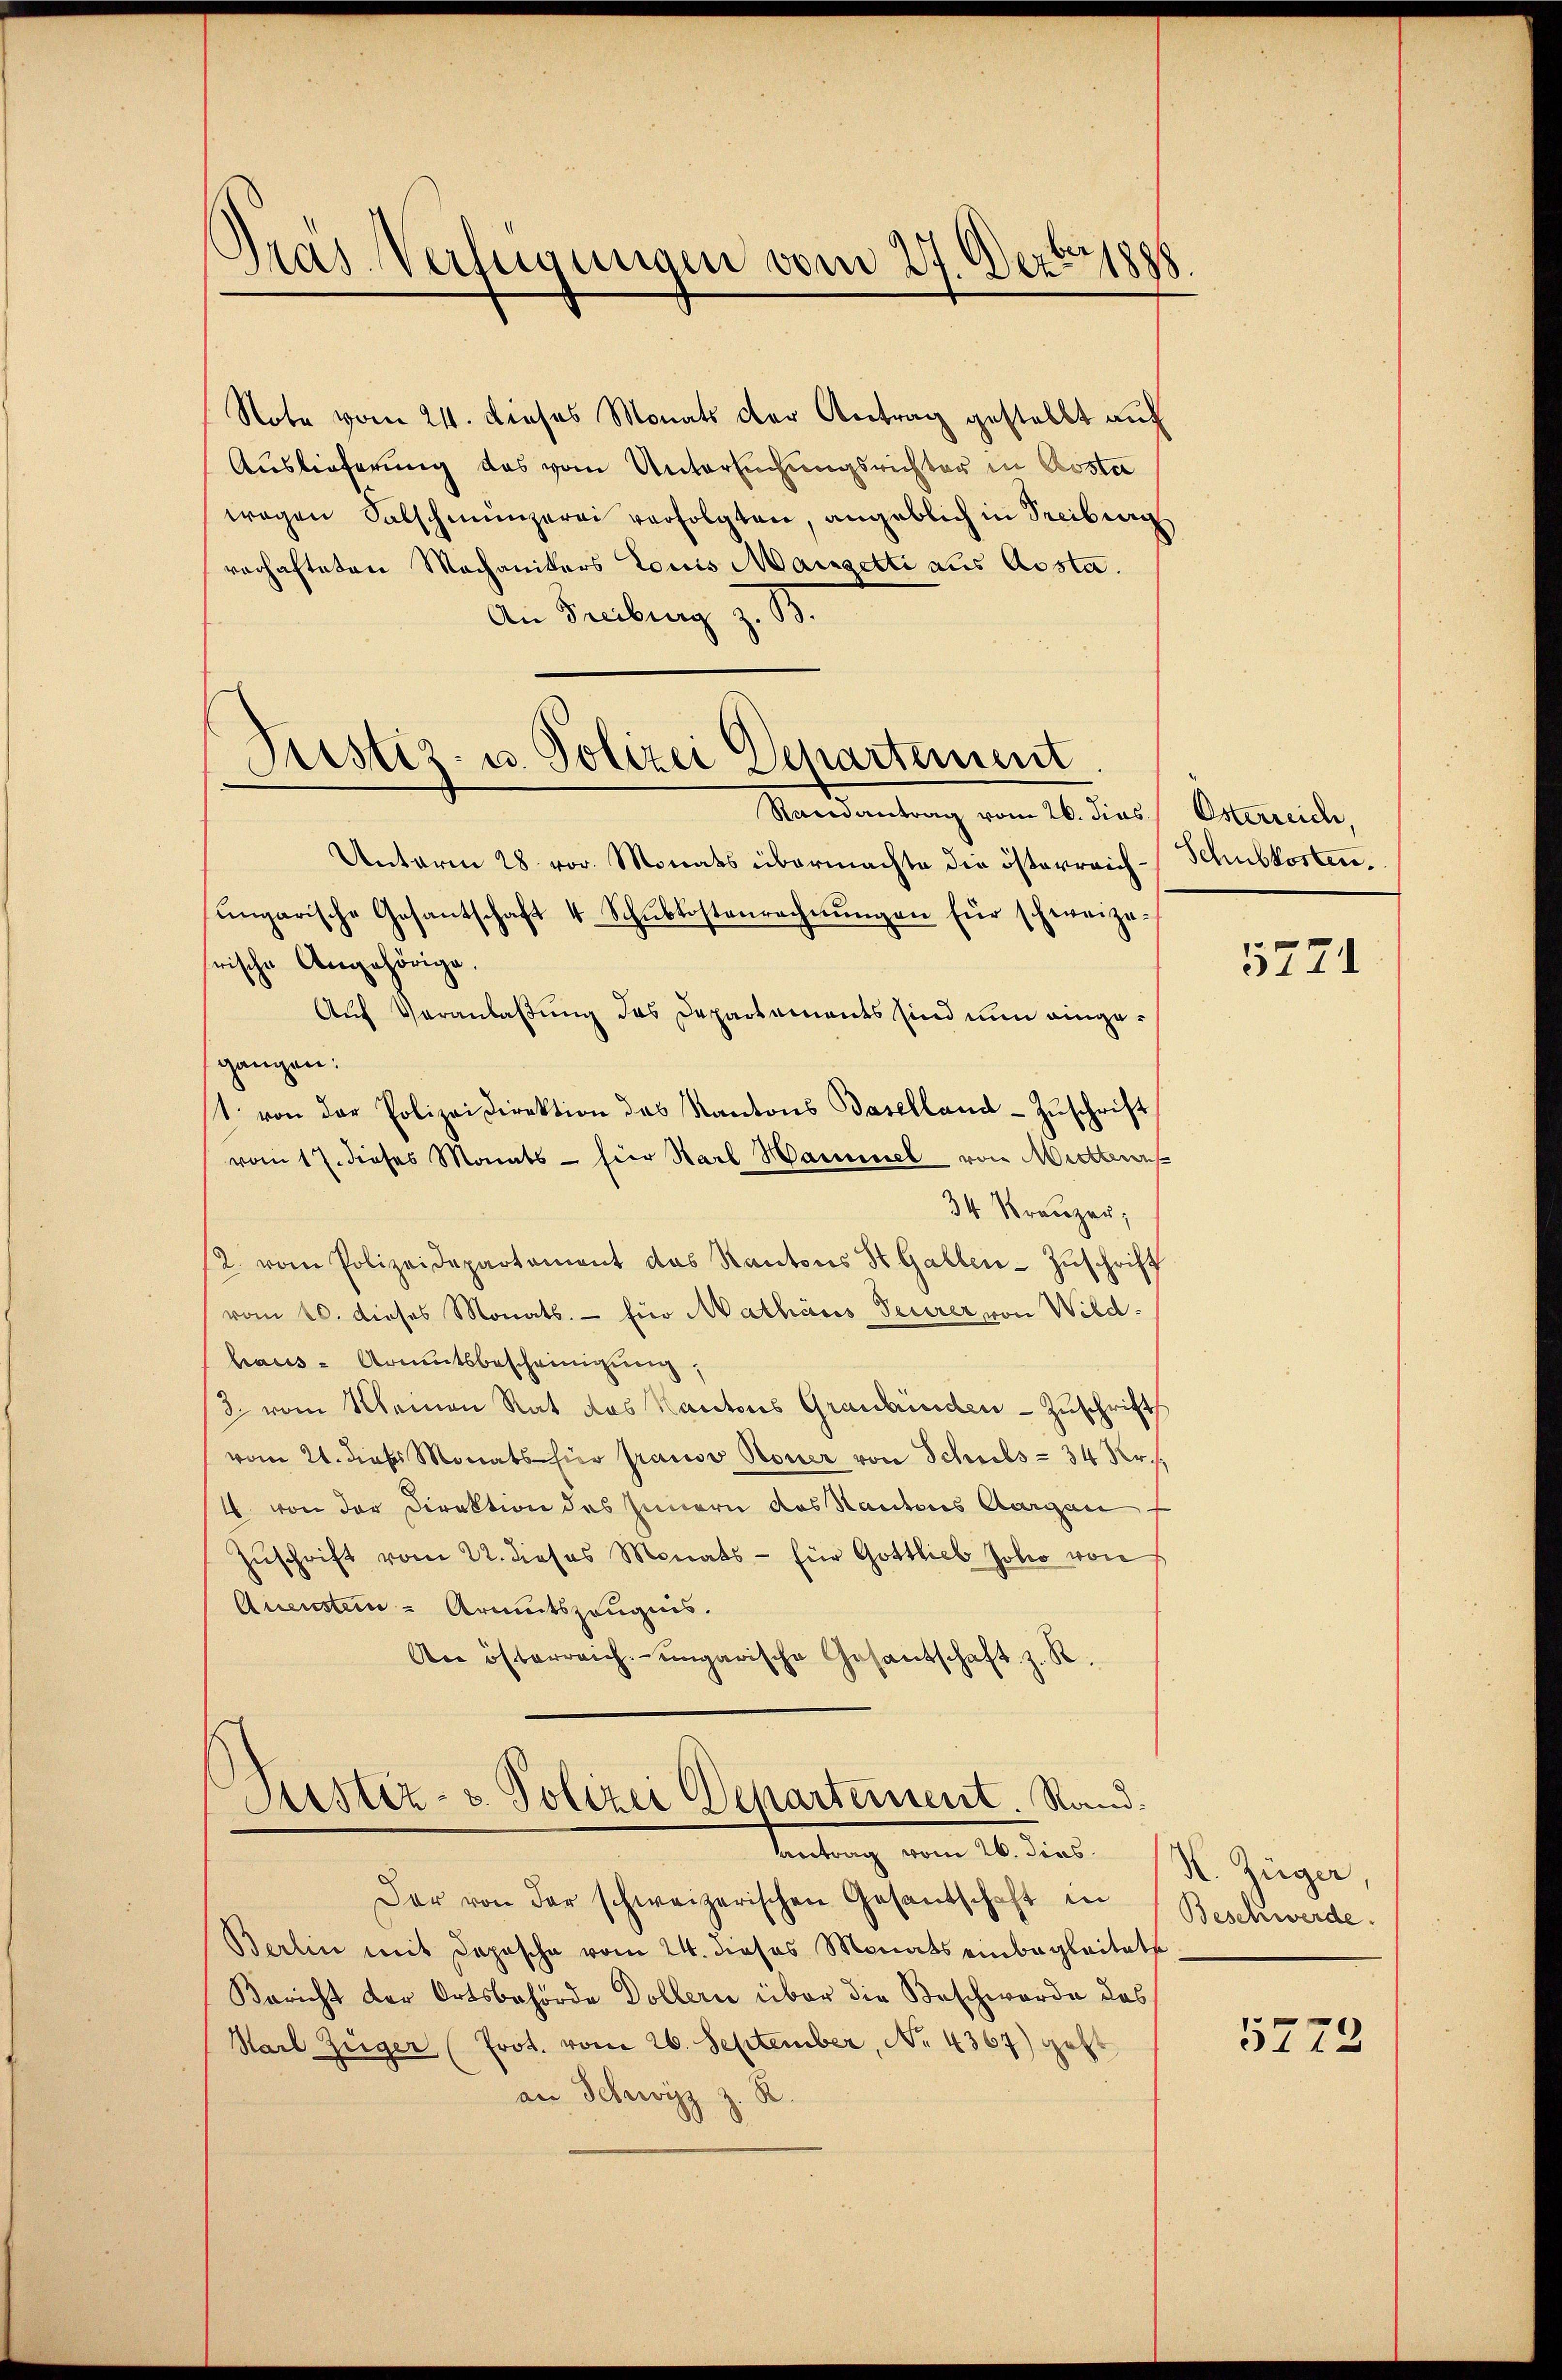
Pras Verfügungen vom 27. Dezbr 1888.

Note vom 24. Dieses Monats der Antrag gestellt auf
Auslieferung das vom Untersuchungsrichter in Koste
wegen Salschmünzerei verfolgten, angeblich in Freibung
verhafteten Machanikers Louis Mangetti aus Aosta.
An Freiburg z. B.

Justiz- u. Polizei Departement
Raisantrag vom 26. dies Österreich,

Unterm 28. vor. Monats übermachte die österreich-Schubkosten.
ŭngarische Gesantschaft 4 Schŭbkostenrechnŭngen für schweize-
rische Angehörige.
Auf Veranlaßung das Departements sind nun eingegangen:
1. von der Polizeidirektion des Kantons Baselland-Zŭschrift
vom 17. dieses Monats - hier Karl Hammel von Mittern
34 Kreuzer,
2. vom Polizeidepartement das Kantons St. Gallen-Zuschrift
vom 10. dieses Monats. – für Mathäus Feurer von Wildhaus- Armutsbescheinigung,
3. vom Kleinen Rat das Kantons Graubünden - Zuschrift
vom 21. dieser Monats hier prauso Rouer von Schuls - 34 Xr.
4. von der Direktion des Innern das Kantons Aargau
Zŭschrift vom 22. dieses Monats für Gottlieb Jolio von
Quenstein Armutszeugnis.
An österreich ungarische Gesandschaft z. R.

Justiz- & Polizei Departement. Rand.
Antrag vom 26. dies

Der von der schweizerischen Gesantschaft in
Berlin mit Deposche vom 24. dieses Monats einbegleitete
Bericht der Ortsbehörde Dollern über die Beschwerde das
Karl Züger (Prot. vom 26. September, No 4367) geht
an Schwyz z. R.

5721

X. Züger,
Beschwerde.

5772